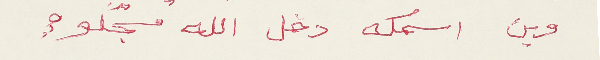
وين اسمك دخل الله مسجّلو؟